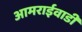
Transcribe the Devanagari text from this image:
आमराईवाडी